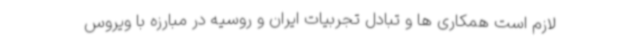
لازم است همکاری‌ ها و تبادل تجربیات ایران و روسیه در مبارزه با ویروس